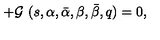
+ { \cal G } \ ( s , \alpha , \bar { \alpha } , \beta , \bar { \beta } , q ) = 0 ,